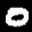
Label: 0